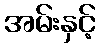
အမ်းနှင့်